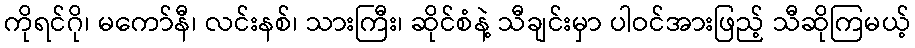
ကိုရင်ဂို၊ မကော်နီ၊ လင်းနစ်၊ သားကြီး၊ ဆိုင်စံနဲ့ သီချင်းမှာ ပါဝင်အားဖြည့် သီဆိုကြမယ့်